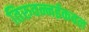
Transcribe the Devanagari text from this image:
तिरुवन्नईकवल